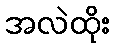
အလဲထိုး